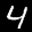
Label: 4